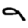
Digit: 9